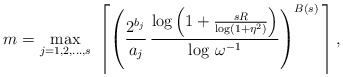
\begin{align*}m=\max_{j=1,2,\dots,s}\ \left\lceil \left(\frac{2^{b_j}}{a_j}\,\frac{\log\left(1+\frac{sR}{\log(1+\eta^2)}\right)}{\log\,\omega^{-1}}\right)^{B(s)}\,\right\rceil,\end{align*}